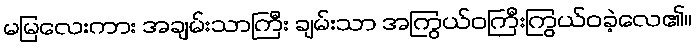
မမြလေးကား အချမ်းသာကြီး ချမ်းသာ အကြွယ်ဝကြီးကြွယ်ဝခဲ့လေ၏။